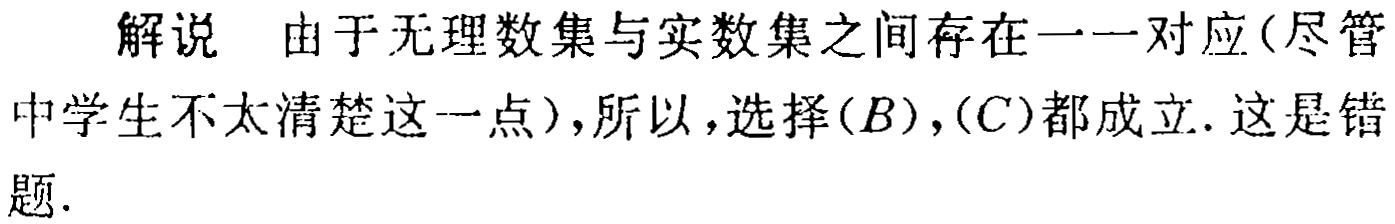
解说 由于无理数集与实数集之间存在一一对应(尽管中学生不太清楚这一点),所以,选择$(B),(C)$都成立. 这是错题.